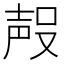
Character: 𭮶